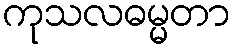
ကုသလဓမ္မတာ